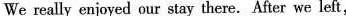
We really enjoyed our stay there. After we left,